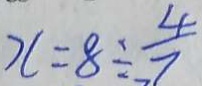
x = 8 \div \frac { 4 } { 7 }